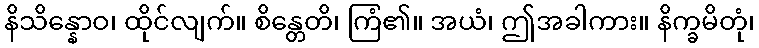
နိသိန္နောဝ၊ ထိုင်လျက်။ စိန္တေတိ၊ ကြံ၏။ အယံ၊ ဤအခါကား။ နိက္ခမိတုံ၊